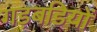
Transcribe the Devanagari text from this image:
गड़बडियों